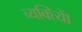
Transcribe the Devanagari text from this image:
व्यक्त्याेिं